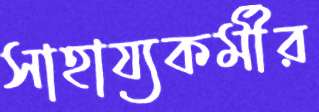
সাহায্যকর্মীর